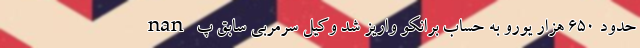
nan حدود 650 هزار یورو به حساب برانکو واریز شد وکیل سرمربی سابق پ